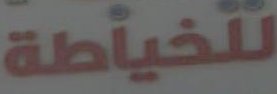
للخياطة